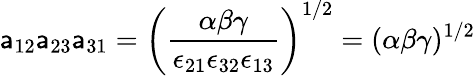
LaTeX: \mathsf{a}_{12}\mathsf{a}_{23}\mathsf{a}_{31}=\left(\frac{{\alpha\beta\gamma}}{{\epsilon_{21}\epsilon_{32}\epsilon_{13}}}\right)^{1/2}=(\alpha\beta\gamma)^{1/2}